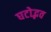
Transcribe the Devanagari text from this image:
घटोद्भव